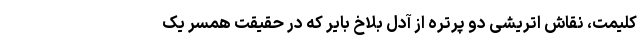
کلیمت، نقاش اتریشی دو پرتره از آدل بلاخ بایر که در حقیقت همسر یک